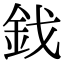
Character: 鈛